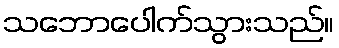
သဘောပေါက်သွားသည်။